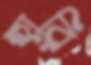
হারি